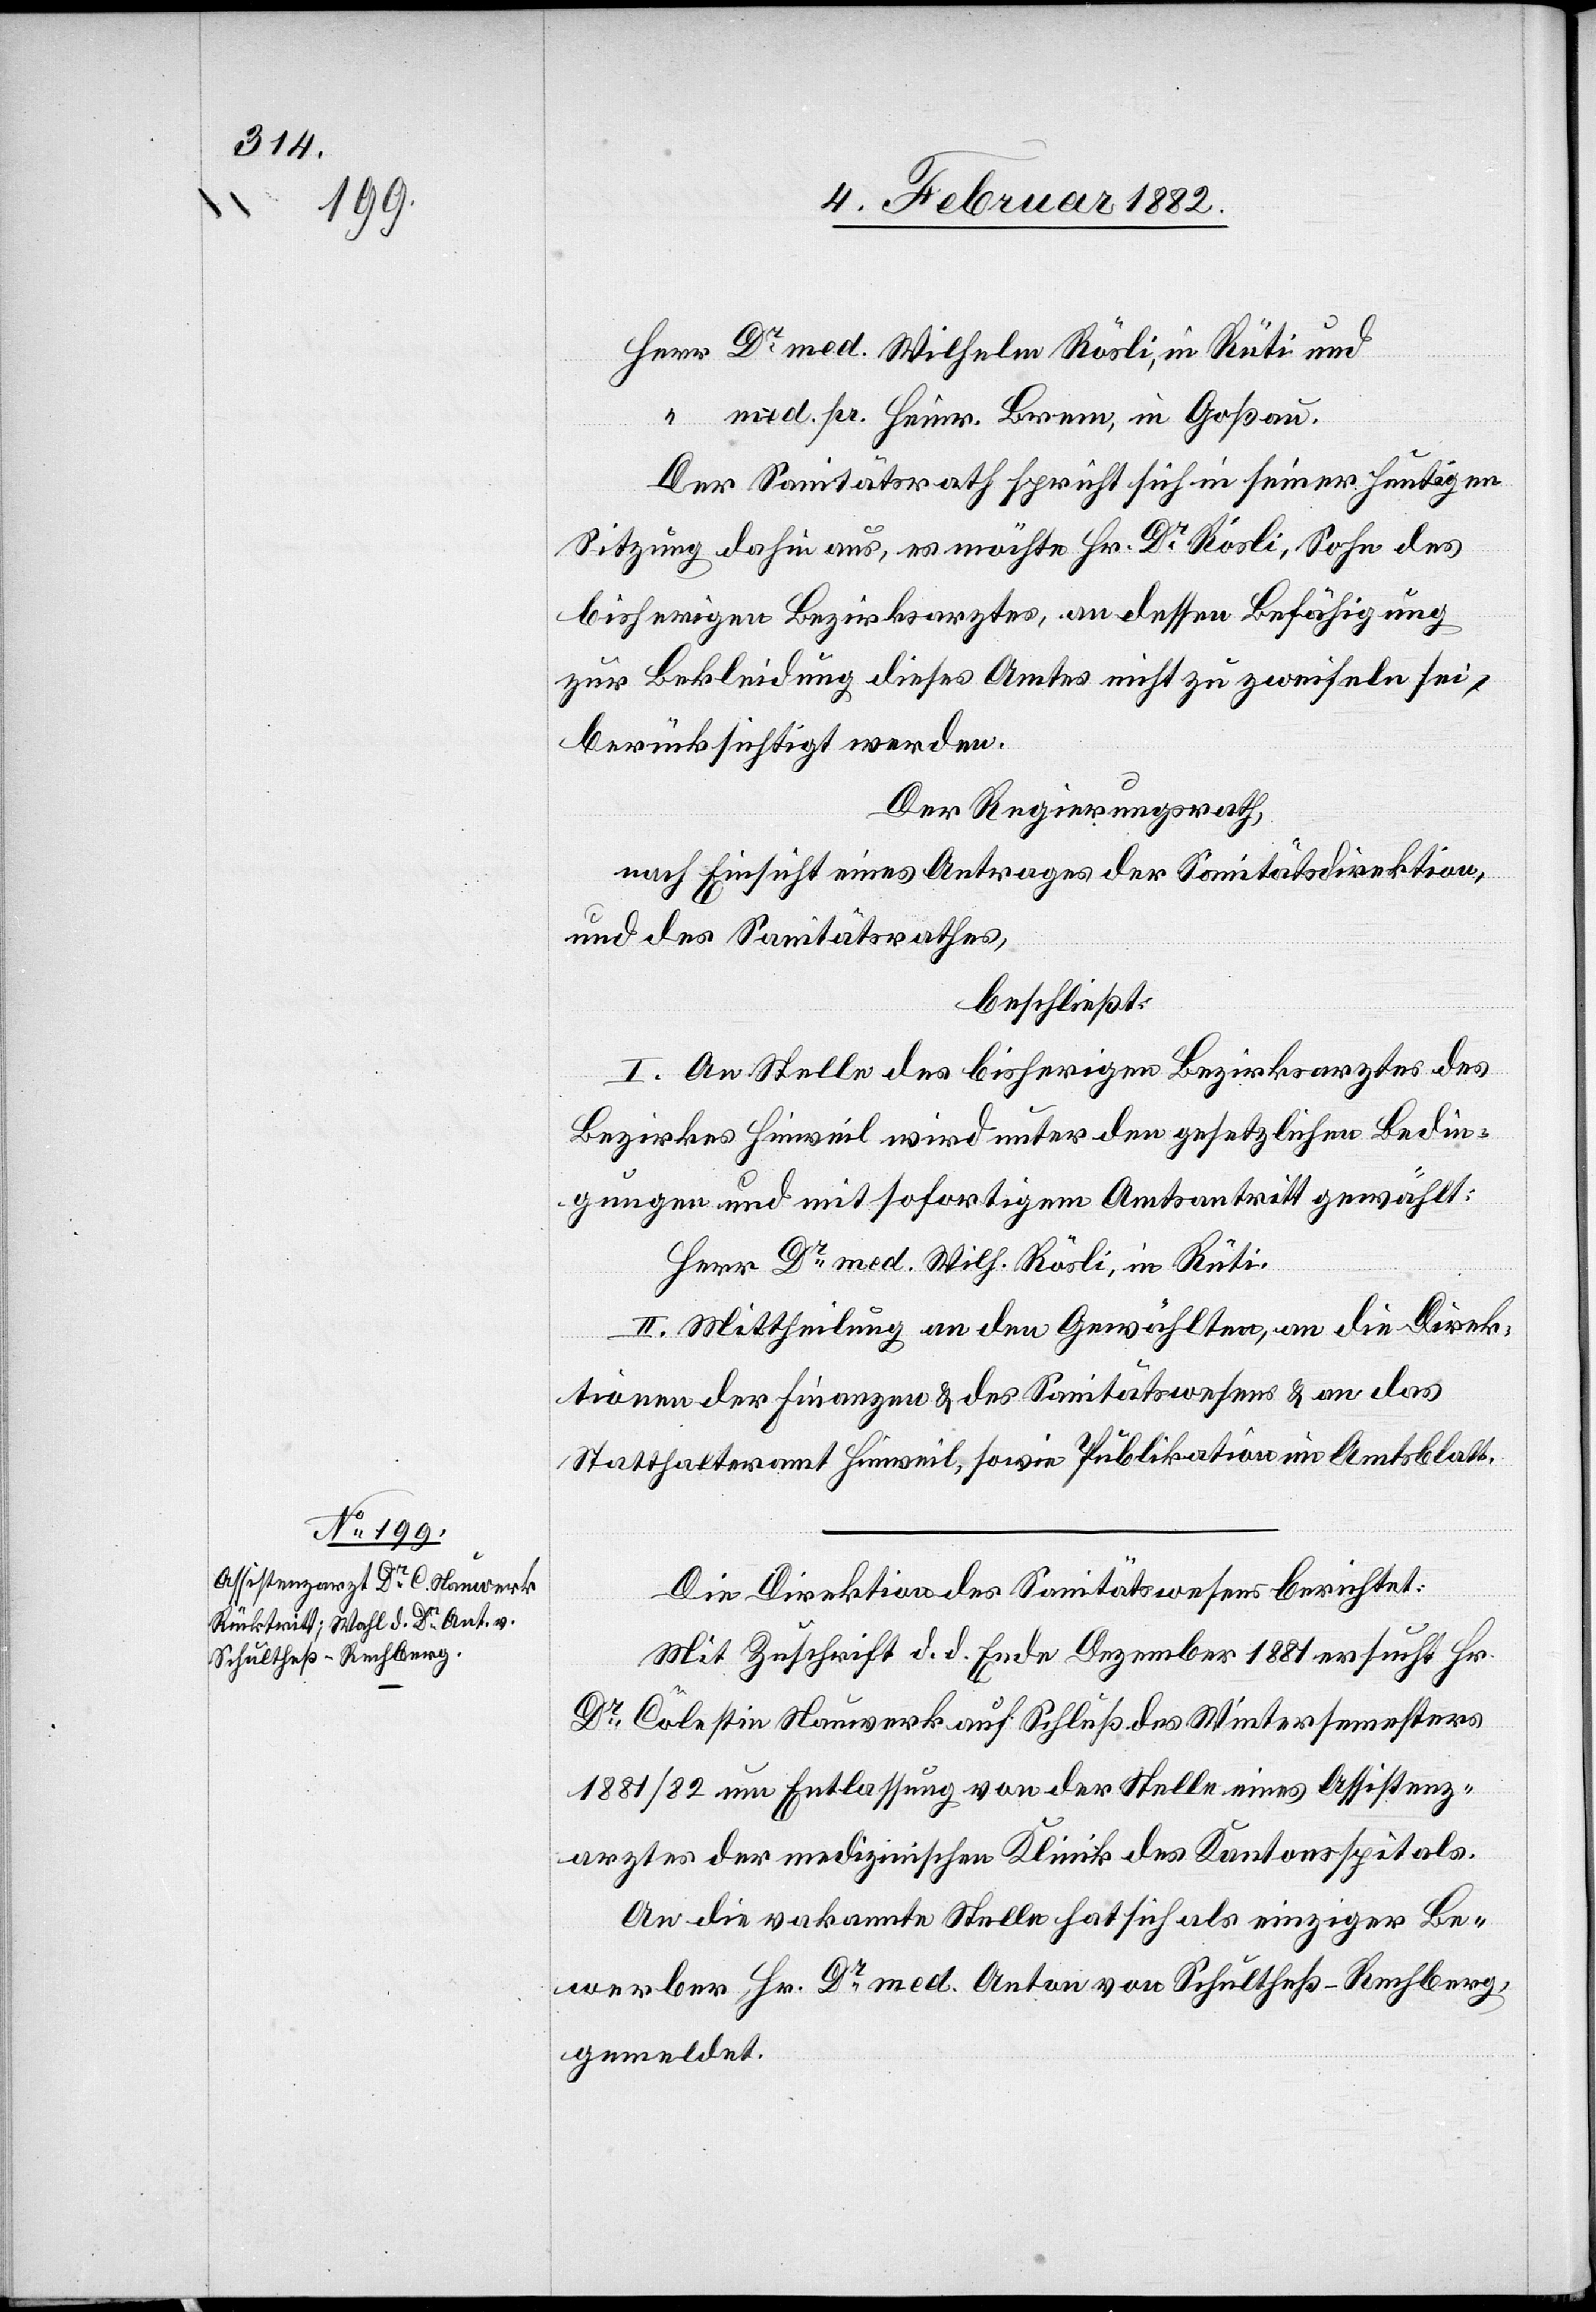
Herr Dr med. Wilhelm Rösli, in Rüti und
“ med. pr. Heinr. Brem, in Goßau.
Der Sanitätsrath spricht sich seiner heutigen
Sitzung dahin aus, es möchte Hr. Dr Rösli, Sohn des
bisherigen Bezirksarztes, an dessen Befähigung
zur Bekleidung dieses Amtes nicht zu zweifeln sei,
berücksichtigt werden.
Der Regierungsrath,
nach Einsicht eines Antrages der Sanitätsdirektion,
und des Sanitätsrathes,
beschließt:
I. An Stelle des bisherigen Bezirksarztes des
Bezirkes Hinweil wird unter den gesetzlichen Bedin¬
gungen und mit sofortigem Amtsantritt gewählt:
Herr Dr med. Wilh. Rösli, in Rüti.
II. Mittheilung an den Gewählten, an die Direk¬
tion der Finanzen & des Sanitätswesens & an das
Statthalteramt Hinweil, sowie Publikation im Amtsblatt.
Die Direktion des Sanitätswesens berichtet:
Mit Zuschrift d. d. Ende Dezember 1881 ersucht Hr.
Dr Colestin Nauwerk auf Schluß des Wintersemesters
1881/82 um Entlassung von der Stelle eines Assistenz¬
arztes der medizinischen Klinik des Kantonsspitals.
An die vakante Stelle hat sich als einziger Be¬
werber Hr. Dr med. Anton von Schultheß - Rechberg,
gemeldet.